Medical and sanitary report of the native army of Bengal for the year
Year: 1877
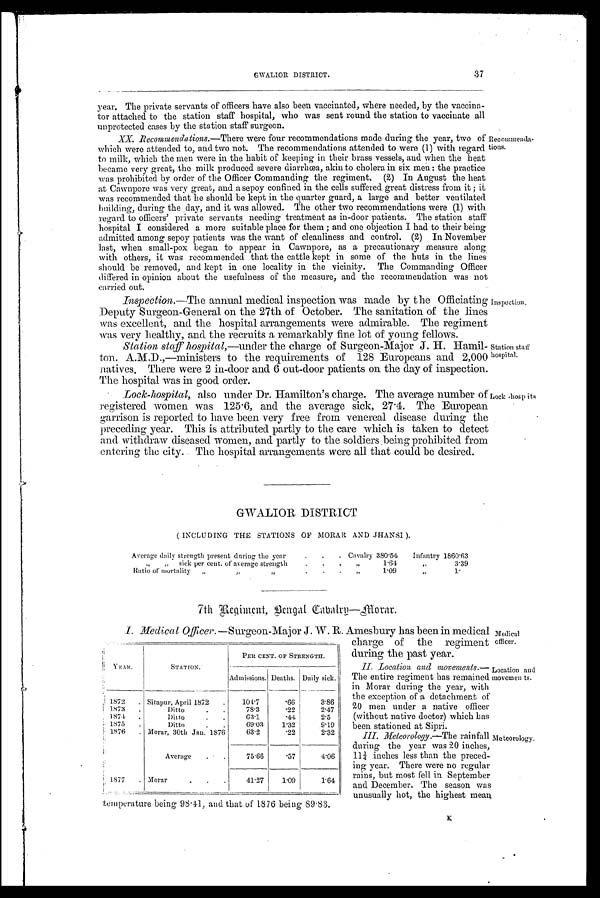
GWALIOR DISTRICT.
37
year. The private servants of officers have also been vaccinated, where needed, by the vaccina-
tor attached to the station staff hospital, who was sent round the station to vaccinate all
unprotected cases by the station staff surgeon.
XX. Recommendations.—There were four recommendations made during the year, two of
which were attended to, and two not. The recommendations attended to were (1) with regard
to milk, which the men were in the habit of keeping in their brass vessels, and when the heat
became very great, the milk produced severe diarrhœa, akin to cholera in six men : the practice-
was prohibited by order of the Officer Commanding the regiment. (2) In August the heat
at Cawnpore was very great, and a sepoy confined in the cells suffered great distress from it ; it
was recommended that he should be kept in the quarter guard, a large and better ventilated
building, during the day, and it was allowed. The other two recommendations were (1) with
regard to officers' private servants needing treatment as in-door patients. The station staff
hospital I considered a more suitable place for them ; and one objection I had to their being
admitted among sepoy patients was the want of cleanliness and control. (2) In November
last, when small-pox began to appear in Cawnpore, as a precautionary measure along
with others, it was recommended that the cattle kept in some of the huts in the lines
should be removed, and kept in one locality in the vicinity. The Commanding Officer
differed in opinion about the usefulness of the measure, and the recommendation was not
carried out.
Inspection.—The annual medical inspection was made by the Officiating
Deputy Surgeon-General on the 27th of October. The sanitation of the lines
was excellent, and the hospital arrangements were admirable. The regiment
was very healthy, and the recruits a remarkably fine lot of young fellows.
Station staff hospital,—under the charge of Surgeon-Major J. H. Hamil-
ton. A.M.D.,—ministers to the requirements of 128 Europeans and 2,000
natives. There were 2 in-door and 6 out-door patients on the day of inspection.
The hospital was in-good order.
Lock-hospital, also under Dr. Hamilton's charge. The average number of
registered women was 125.6, and the average sick, 27.4 The European
garrison is reported to have been very free from venereal disease during the
preceding year. This is attributed partly to the care which is taken to detect
and withdraw diseased women, and partly to the soldiers being prohibited from
entering the city. The hospital arrangements were all that could be desired.
Recommenda-
tions.
Inspection.
Station staff
hospital.
Lock -hospital.
GWALIOR DISTRICT
( INCLUDING THE STATIONS OF MORAR AND JHANSI ).
Average dail y strength present during the year
Average daily
.
.
. Cavalry 380.54
Infantry 1860.63
„
„ sick per cent. of average strength
.
.
.
„
1.64
" 3.39
Ratio of mortality
„
"
"
.
. . "
1.09
" 1 .
7th Regiment, Bengal Cabalry—Morar.
I. Medical Officer. —Surgeon-Major J. W. R. Amesbury has been in medical
charge of the regiment
during the past year.
II. Location and movements.
— T h e e n t i r e r e g i m e n t h a s r e m a i n e d
Morar during the year, with
the exception of a detachment of
20 men under a native officer
(without native doctor) which has
been stationed at Sipri.
III. Meteorology.—The rainfall
during the year was 20 inches,
11¼ inches less than the preced-
ing year. There were no regular
rains, but most fell in September
and December. The season was
unusually hot, the highest mean
YEAR.
STATION.
PEE CENT. OF STRENGTH.
Admissions. Deaths. Daily sick.
1872
. Sitapur, April 1872
.
104.7
.66
3.86
1873
.
Ditto
. .
78.3
.22
2.47
1874
Ditto
. .
63.1
.44
2.5
1875
.
Ditto
. .
69.03
1.32
9.19
1876
. Morar, 30th Jan. 1876
63.2
.22
2.32
Average
. .
75.66
.57
4.06
1877
. Morar.
.
.
41.27
1.09
1.64
temperature being 98.41, and that of 1876 being 89.83.
Medical
officer.
Location and
movemen ts.
Meteorology.
K